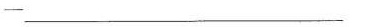
—___